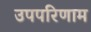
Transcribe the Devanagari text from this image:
उपपरिणाम